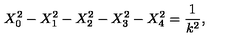
X _ { 0 } ^ { 2 } - X _ { 1 } ^ { 2 } - X _ { 2 } ^ { 2 } - X _ { 3 } ^ { 2 } - X _ { 4 } ^ { 2 } = \frac { 1 } { k ^ { 2 } } ,